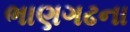
ભાણગઢના